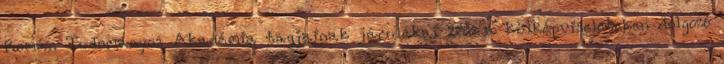
Román Tudományos Akadémia tagjainak járulékai 25% a külképviseleteken dolgozó